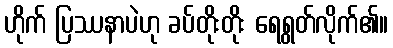
ဟိုက် ပြဿနာပဲဟု ခပ်တိုးတိုး ရေရွတ်လိုက်၏။